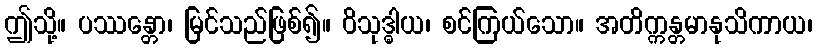
ဤသို့။ ပဿန္တော၊ မြင်သည်ဖြစ်၍။ ဝိသုဒ္ဓါယ၊ စင်ကြယ်သော။ အတိက္ကန္တမာနုသိကာယ၊